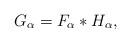
LaTeX: \begin{align*} G_{\alpha} = F_{\alpha} \ast H_{\alpha}, \end{align*}